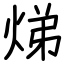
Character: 焍